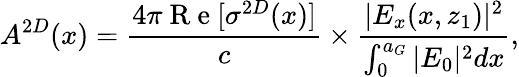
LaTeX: A^{2D}(x)=\frac{4\pi\mathrm{~R~e~}[\sigma^{2D}(x)]}{c}\times\frac{|E_{x}(x,z_{1})|^{2}}{\int_{0}^{a_{G}}|E_{0}|^{2}dx},